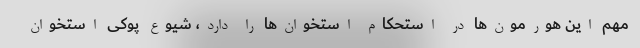
مهم این هورمون‌ها در استحکام استخوان‌ها را دارد، شیوع پوکی استخوان